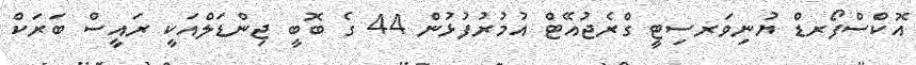
އޮކްސްފޯރޑް ޔުނިވަރސިޓީ ގްރެޖުއޭޓް އުމުރުފުޅުން 44 ގެ ބޮބީ ޖިންޑަލްއަކީ ރައީސް ބަރަކް